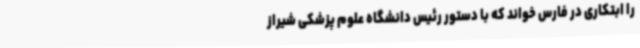
را ابتکاری در فارس خواند که با دستور رئیس دانشگاه علوم پزشکی شیراز